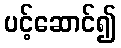
ပင့်ဆောင်၍